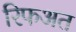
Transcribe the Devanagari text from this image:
रिफअत